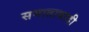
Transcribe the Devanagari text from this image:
समातावादी